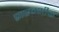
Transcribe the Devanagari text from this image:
प्रारम्भीक